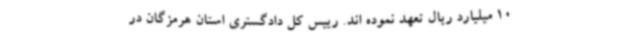
10 میلیارد ریال تعهد نموده اند. رییس کل دادگستری استان هرمزگان در